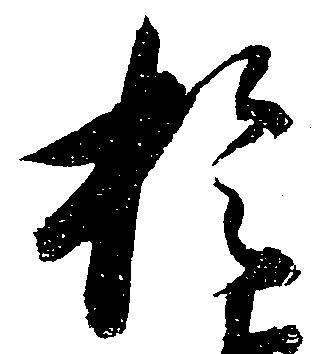
於